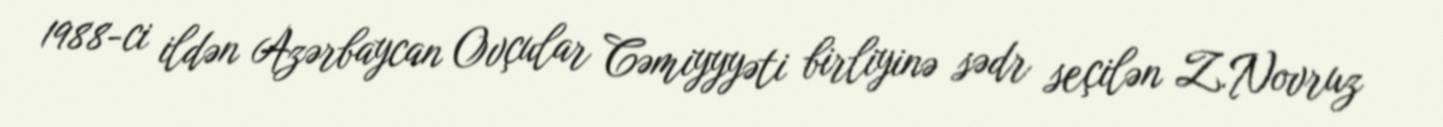
1988-ci ildən Azərbaycan Ovçular Cəmiyyyəti birliyinə sədr seçilən Z.Novruz